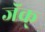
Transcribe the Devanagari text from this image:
जॅक्